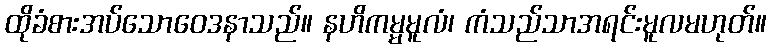
ထိုခံစားအပ်သောဝေဒနာသည်။ နဟိကမ္မမူလံ၊ ကံသည်သာအရင်းမူလမဟုတ်။